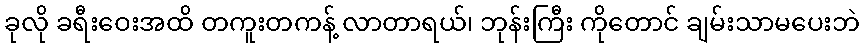
ခုလို ခရီးဝေးအထိ တကူးတကန့် လာတာရယ်၊ ဘုန်းကြီး ကိုတောင် ချမ်းသာမပေးဘဲ